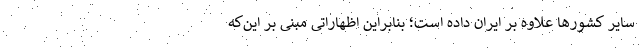
سایر کشورها علاوه بر ایران داده است؛ بنابراین اظهاراتی مبنی بر این‌‌که